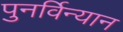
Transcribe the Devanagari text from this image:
पुनर्विन्यान